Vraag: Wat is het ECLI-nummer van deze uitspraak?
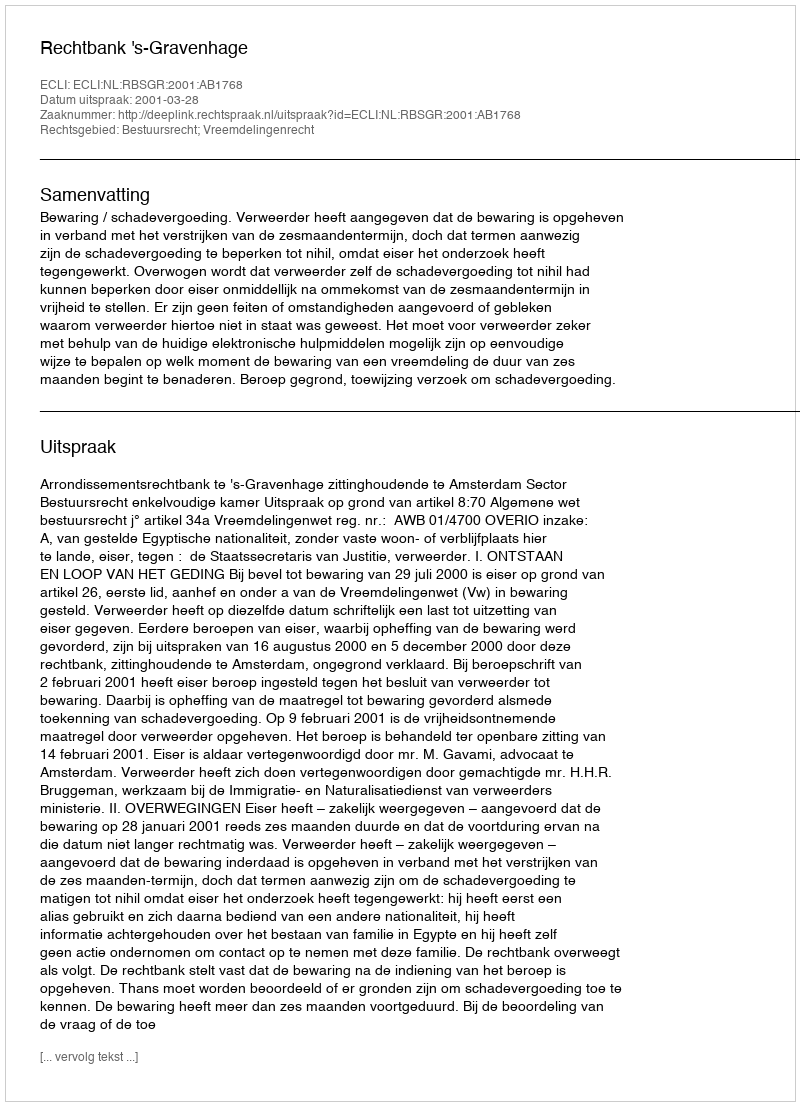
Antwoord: ECLI:NL:RBSGR:2001:AB1768